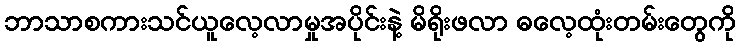
ဘာသာစကားသင်ယူလေ့လာမှုအပိုင်းနဲ့ မိရိုးဖလာ ဓလေ့ထုံးတမ်းတွေကို